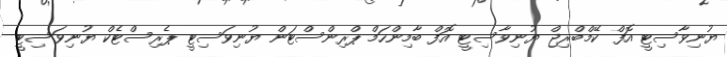
ޔުނިވާސިޓީ އޮފް ކޭމްބްރިޖް ޔުނިވާސިޓީ އޮފް ބާމިންހަމް ޕްރިންސްޓަން ޔުނިވަސިޓީ ޕެރިސްޓެކް ޔުނިވަސިޓީ